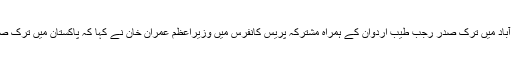
تفصیلات کے مطابق وفاقی دارالحکومت اسلام آباد میں ترک صدر رجب طیب اردوان کے ہمراہ مشترکہ پریس کانفرس میں وزیراعظم عمران خان نے کہا کہ پاکستان میں ترک صدر رجب طیب اردوان کوخوش آمدید کہتا ہوں۔